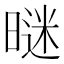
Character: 𣉢